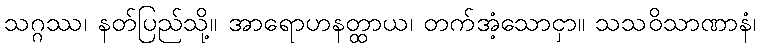
သဂ္ဂဿ၊ နတ်ပြည်သို့။ အာရောဟနတ္ထာယ၊ တက်အံ့သောငှာ။ သသဝိသာဏာနံ၊